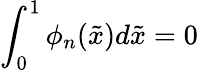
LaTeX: \int_{0}^{1}\phi_{n}({\tilde{x}})d{\tilde{x}}=0